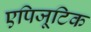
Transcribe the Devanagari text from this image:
एपिजूटिक